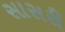
સાસરી